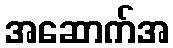
အဆောက်အ